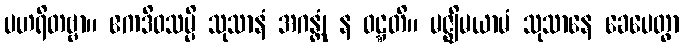
ပဟရိတဗ္ဗာ။ ဧကဒိဝသမ္ပိ သုသာနံ အဂန္တုံ န ဝဋ္ဋတိ။ မဇ္ဈိမယာမံ သုသာနေ ခေပေတွာ